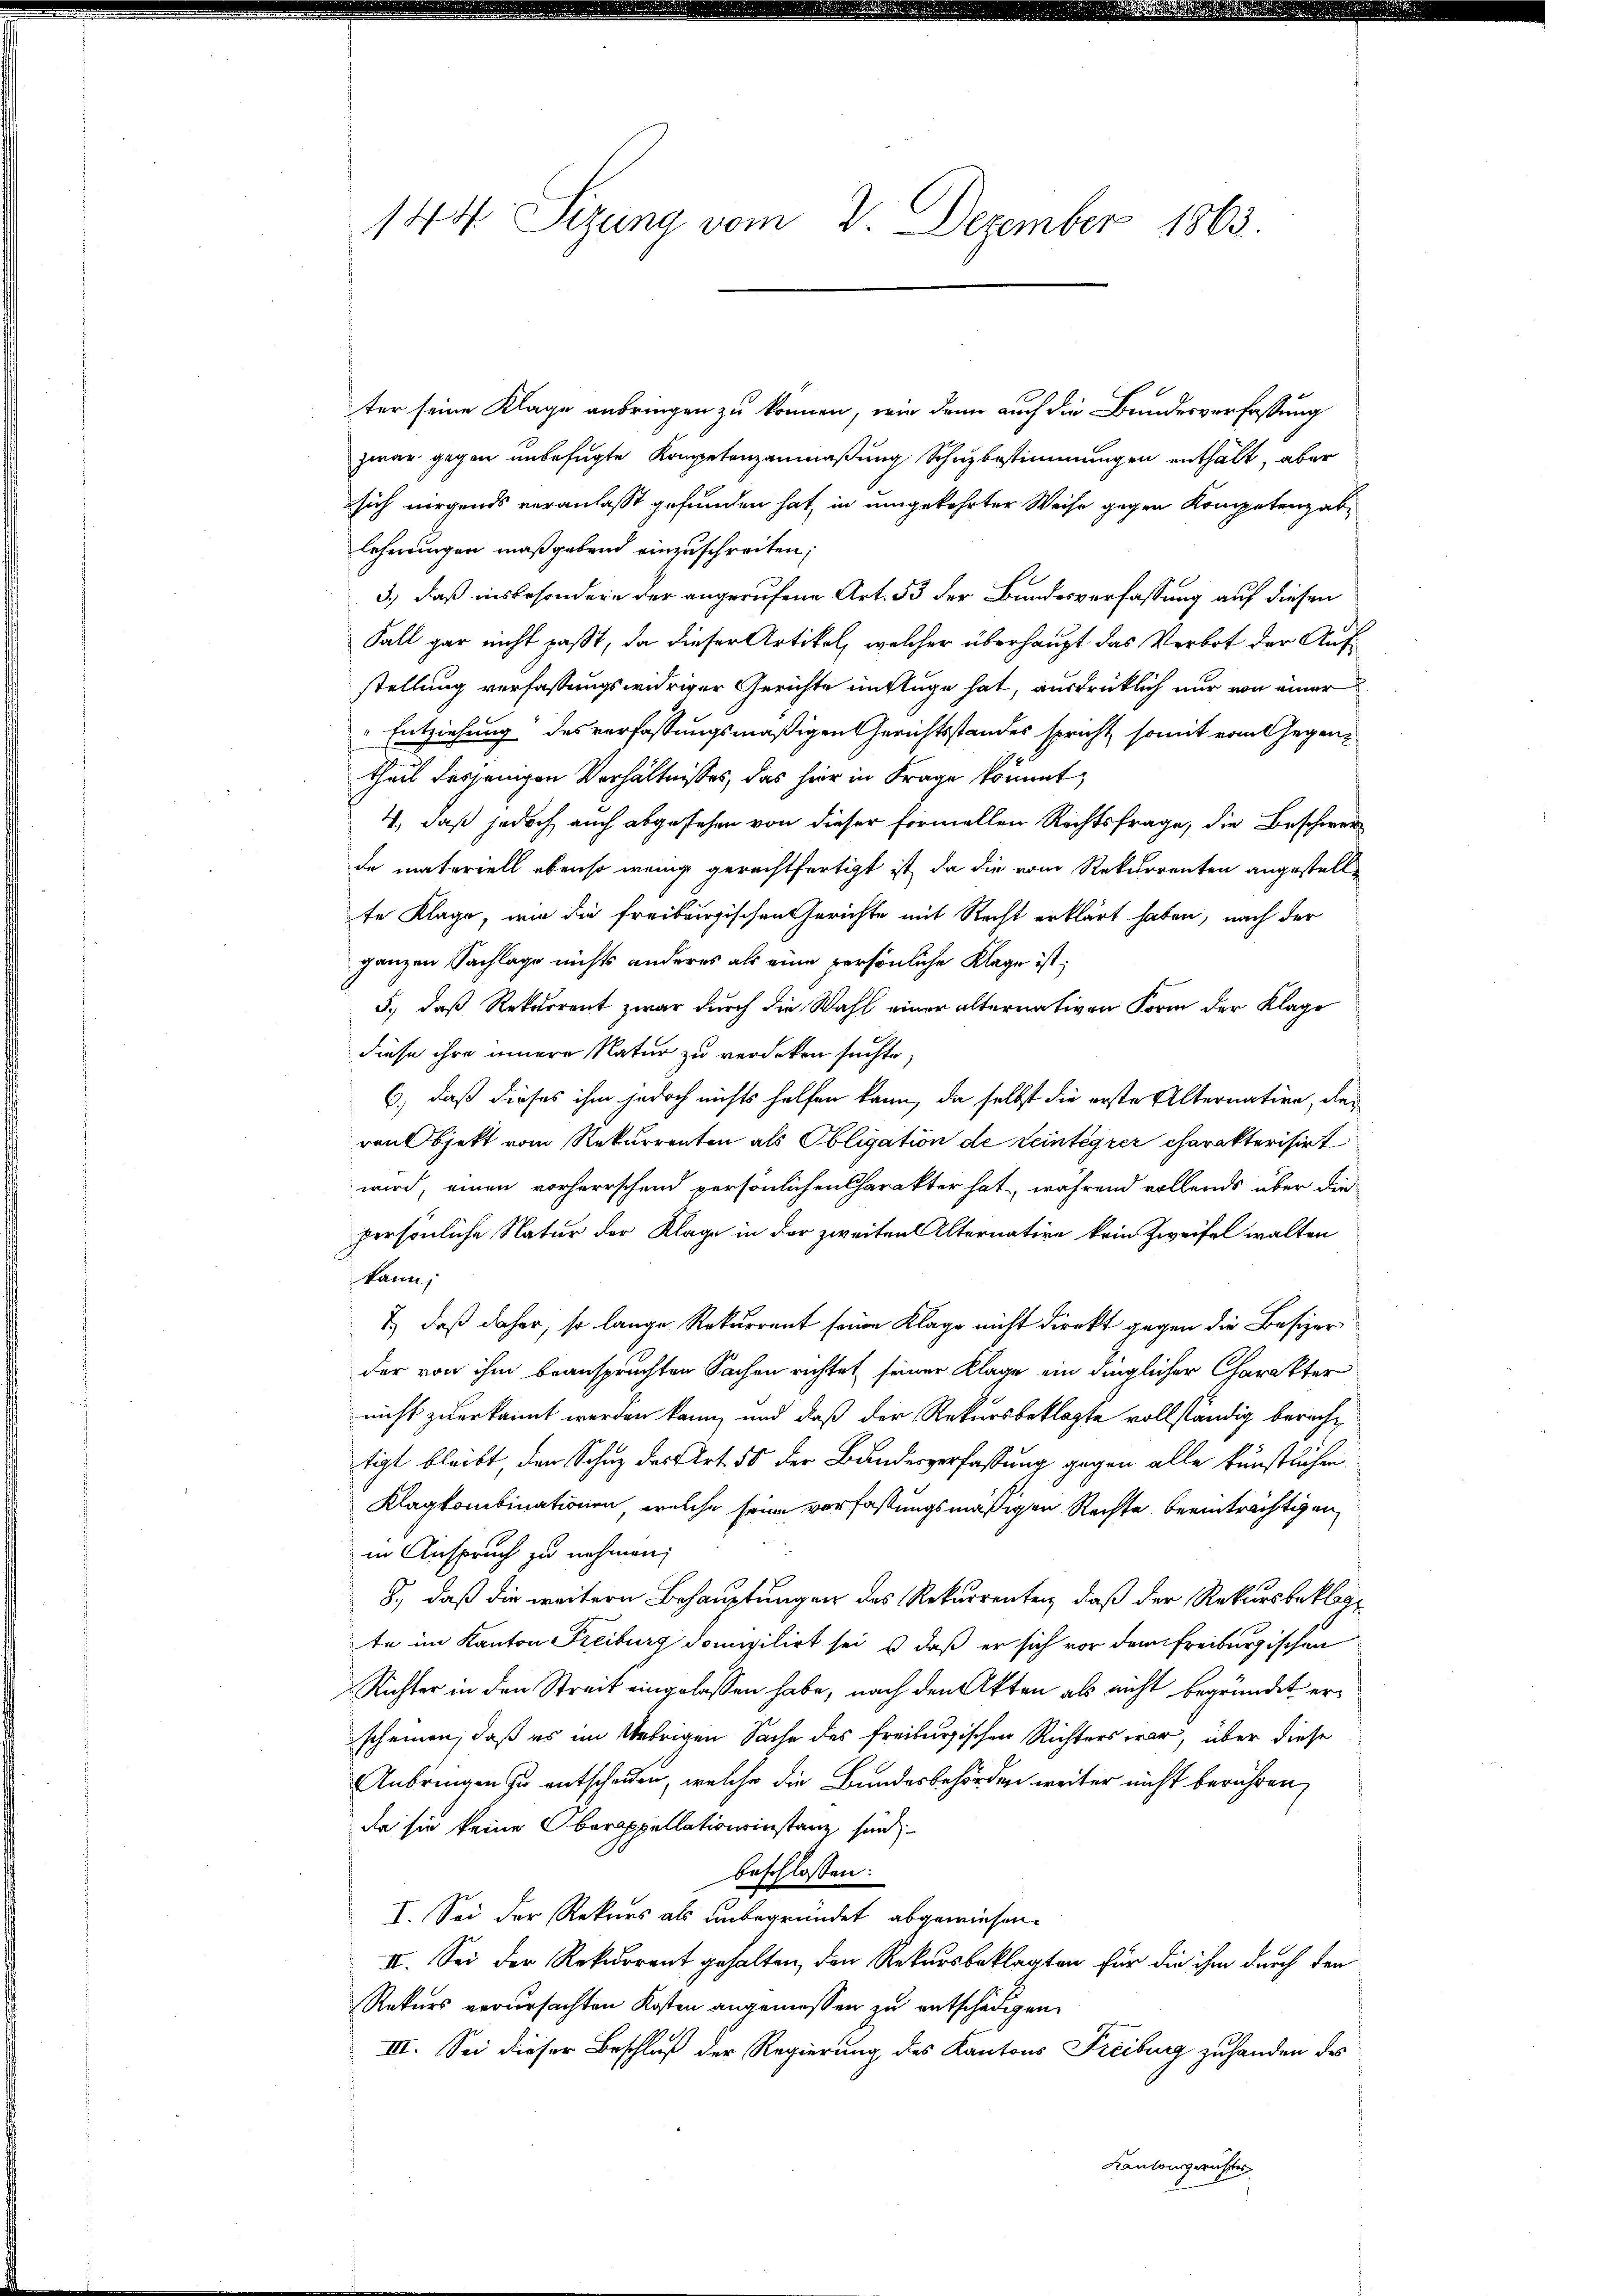
ter seine Klage anbringen zu können, wir dann auch die Bundesverfassung
zwar gegen unbefugte Kompetenzanmaßung Schuzbestimmungen enthält, aber
sich nirgends veranlasst gefunden hat, in umgekehrter Weise gegen Kompetenzablehnungen maßgebend einzuschreiten;
3.) daß insbesondere der angerufene Art. 53 der Bundesverfassung auf diesen
Fall gar nicht paßt, da dieser Artikel, welcher überhaupt das Verbot der Aufstellung verfassungswidriger Gerichte mittage hat, ausdrücklich nur von einer
Entziehung des verfassungsmäßigen Gerichtsstandes spricht, somit vom Gegentheil desjenigen Verhältnisses, das hier in Frage kommt,
4., daß jedoch auch abgesehen von dieser Formellen Rechtsfrage, die Beschwerde materiell ebenso wenig gerechtfertigt ist, da die vom Rekurrenten angestellte Klage, wie die freiburgischen Gerichte mit Recht erklärt haben, nach der
ganzen Sachlage nichts anderes als eine persönliche Klage ist;
5.) daß Rekurrent zwar durch die Wahl einer alternativen Form der Klage
diese ihre innere Natur zu verdeken suchte;
6., daß dieses ihm jedoch nichts helfen kann, da selbst die erste Alternation, Revenbjekt vom Rekurrenten als Obligation de reintegrer charakterisirt
wird, einen vorherrschen persönlichen Charakter hat, während vollends über die
persönliche Natur der Klage in der zweiten Alternation kein Zweifel walten
kann;
2.) daß daher, so lange Rekurrent seine Klage nicht direkt gegen die Besizer
der von ihm beanspruchten Sachen richtet, seiner Klage ein dinglicher Charakter
nicht zuerkannt werden kann, und daß der Rekursbeklagte vollständig berechtigt bleibt, den Schutz des Art. 50 der Bundesverfassung gegen alle Kunstlichen,
Klagkombinationen, welche seine verfassungsmäßigen Rechte beeinträchtigen
in Anspruch zu nehmen;
8., daß die weitern Behauptungen des Rekurrenten, daß der Rekursbeklage
te im Kanton Freiburg domizilirt sei & daß er sich vor dem Freiburgischen
Richter in den Streit eingelassen habe, nach den Akten als nicht begründet erscheinen, daß es im Uebrigen Sache des freiburgischen Richters war, über diese
nbringen zu entscheiden, welche die Bundesbehörden weiter nicht berühren,
da sie keine Oberappellationsinstanz sind;
beschlossen:
I. Sei der Rekurs als unbegründet abgewiesen.
II. Sei der Rekurrent gehalten, den Rekursbeklagten für die ihm durch den
Rekurs verursachten Kosten angemessen zu entschädigen.
III. Sei dieser Beschluß der Regierung des Kantons Freiburg zu handen des
Kantonsgerichtes

144 Sizung vom 2. Dezember 1863.